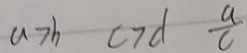
a > b c > d \frac { a } { c }